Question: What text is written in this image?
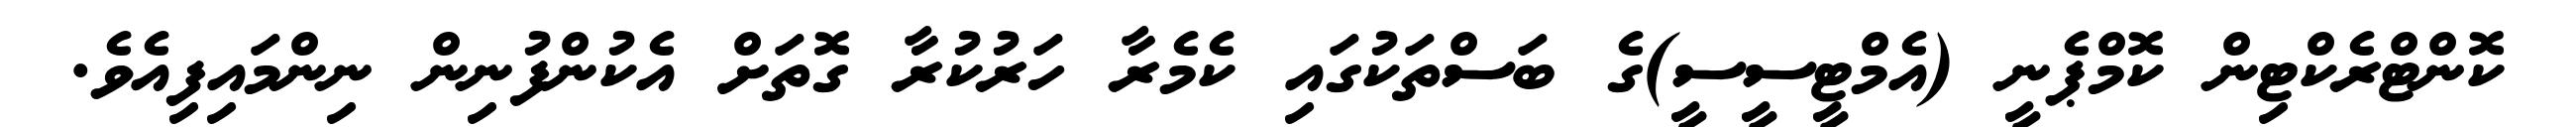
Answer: ކޮންޓްރެކްޓިން ކޮމްޕެނީ (އެމްޓީސީސީ)ގެ ބަސްތަކުގައި ކެމެރާ ހަރުކުރާ ގޮތަށް އެކުންފުނިން ނިންމައިފިއެވެ.